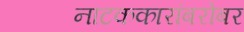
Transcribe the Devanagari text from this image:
नाटककारांबरोबर